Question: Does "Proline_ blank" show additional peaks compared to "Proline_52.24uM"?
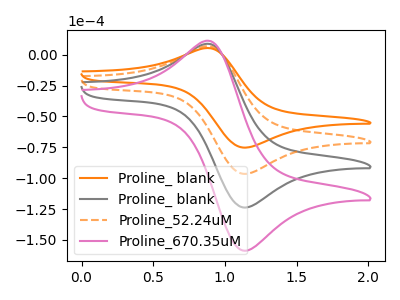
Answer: <think>The orange curve "Proline_ blank" has an anodic peak at (0.90V, 5.15uA) and a cathodic peak at (1.15V, -75.30uA). The gray curve "Proline_ blank" has an anodic peak at (0.90V, 13.20uA) and a cathodic peak at (1.15V, -193.10uA). The orange dashed curve "Proline_52.24uM" has an anodic peak at (0.90V, 6.60uA) and a cathodic peak at (1.15V, -96.55uA). The pink curve "Proline_670.35uM" has an anodic peak at (0.90V, 19.80uA) and a cathodic peak at (1.15V, -289.65uA).
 All the peaks in "Proline_ blank" have a peak in "Proline_52.24uM" at the same potential. Every peak in "Proline_ blank" is lower than every peak in "Proline_52.24uM".</think>
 <answer>No, "Proline_ blank" and "Proline_52.24uM" don't appear to be significantly different in shape</answer>
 <eval>no_change</eval>